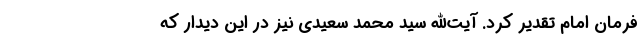
فرمان امام تقدیر کرد. آیت‌الله سید محمد سعیدی نیز در این دیدار که